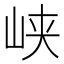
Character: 峡